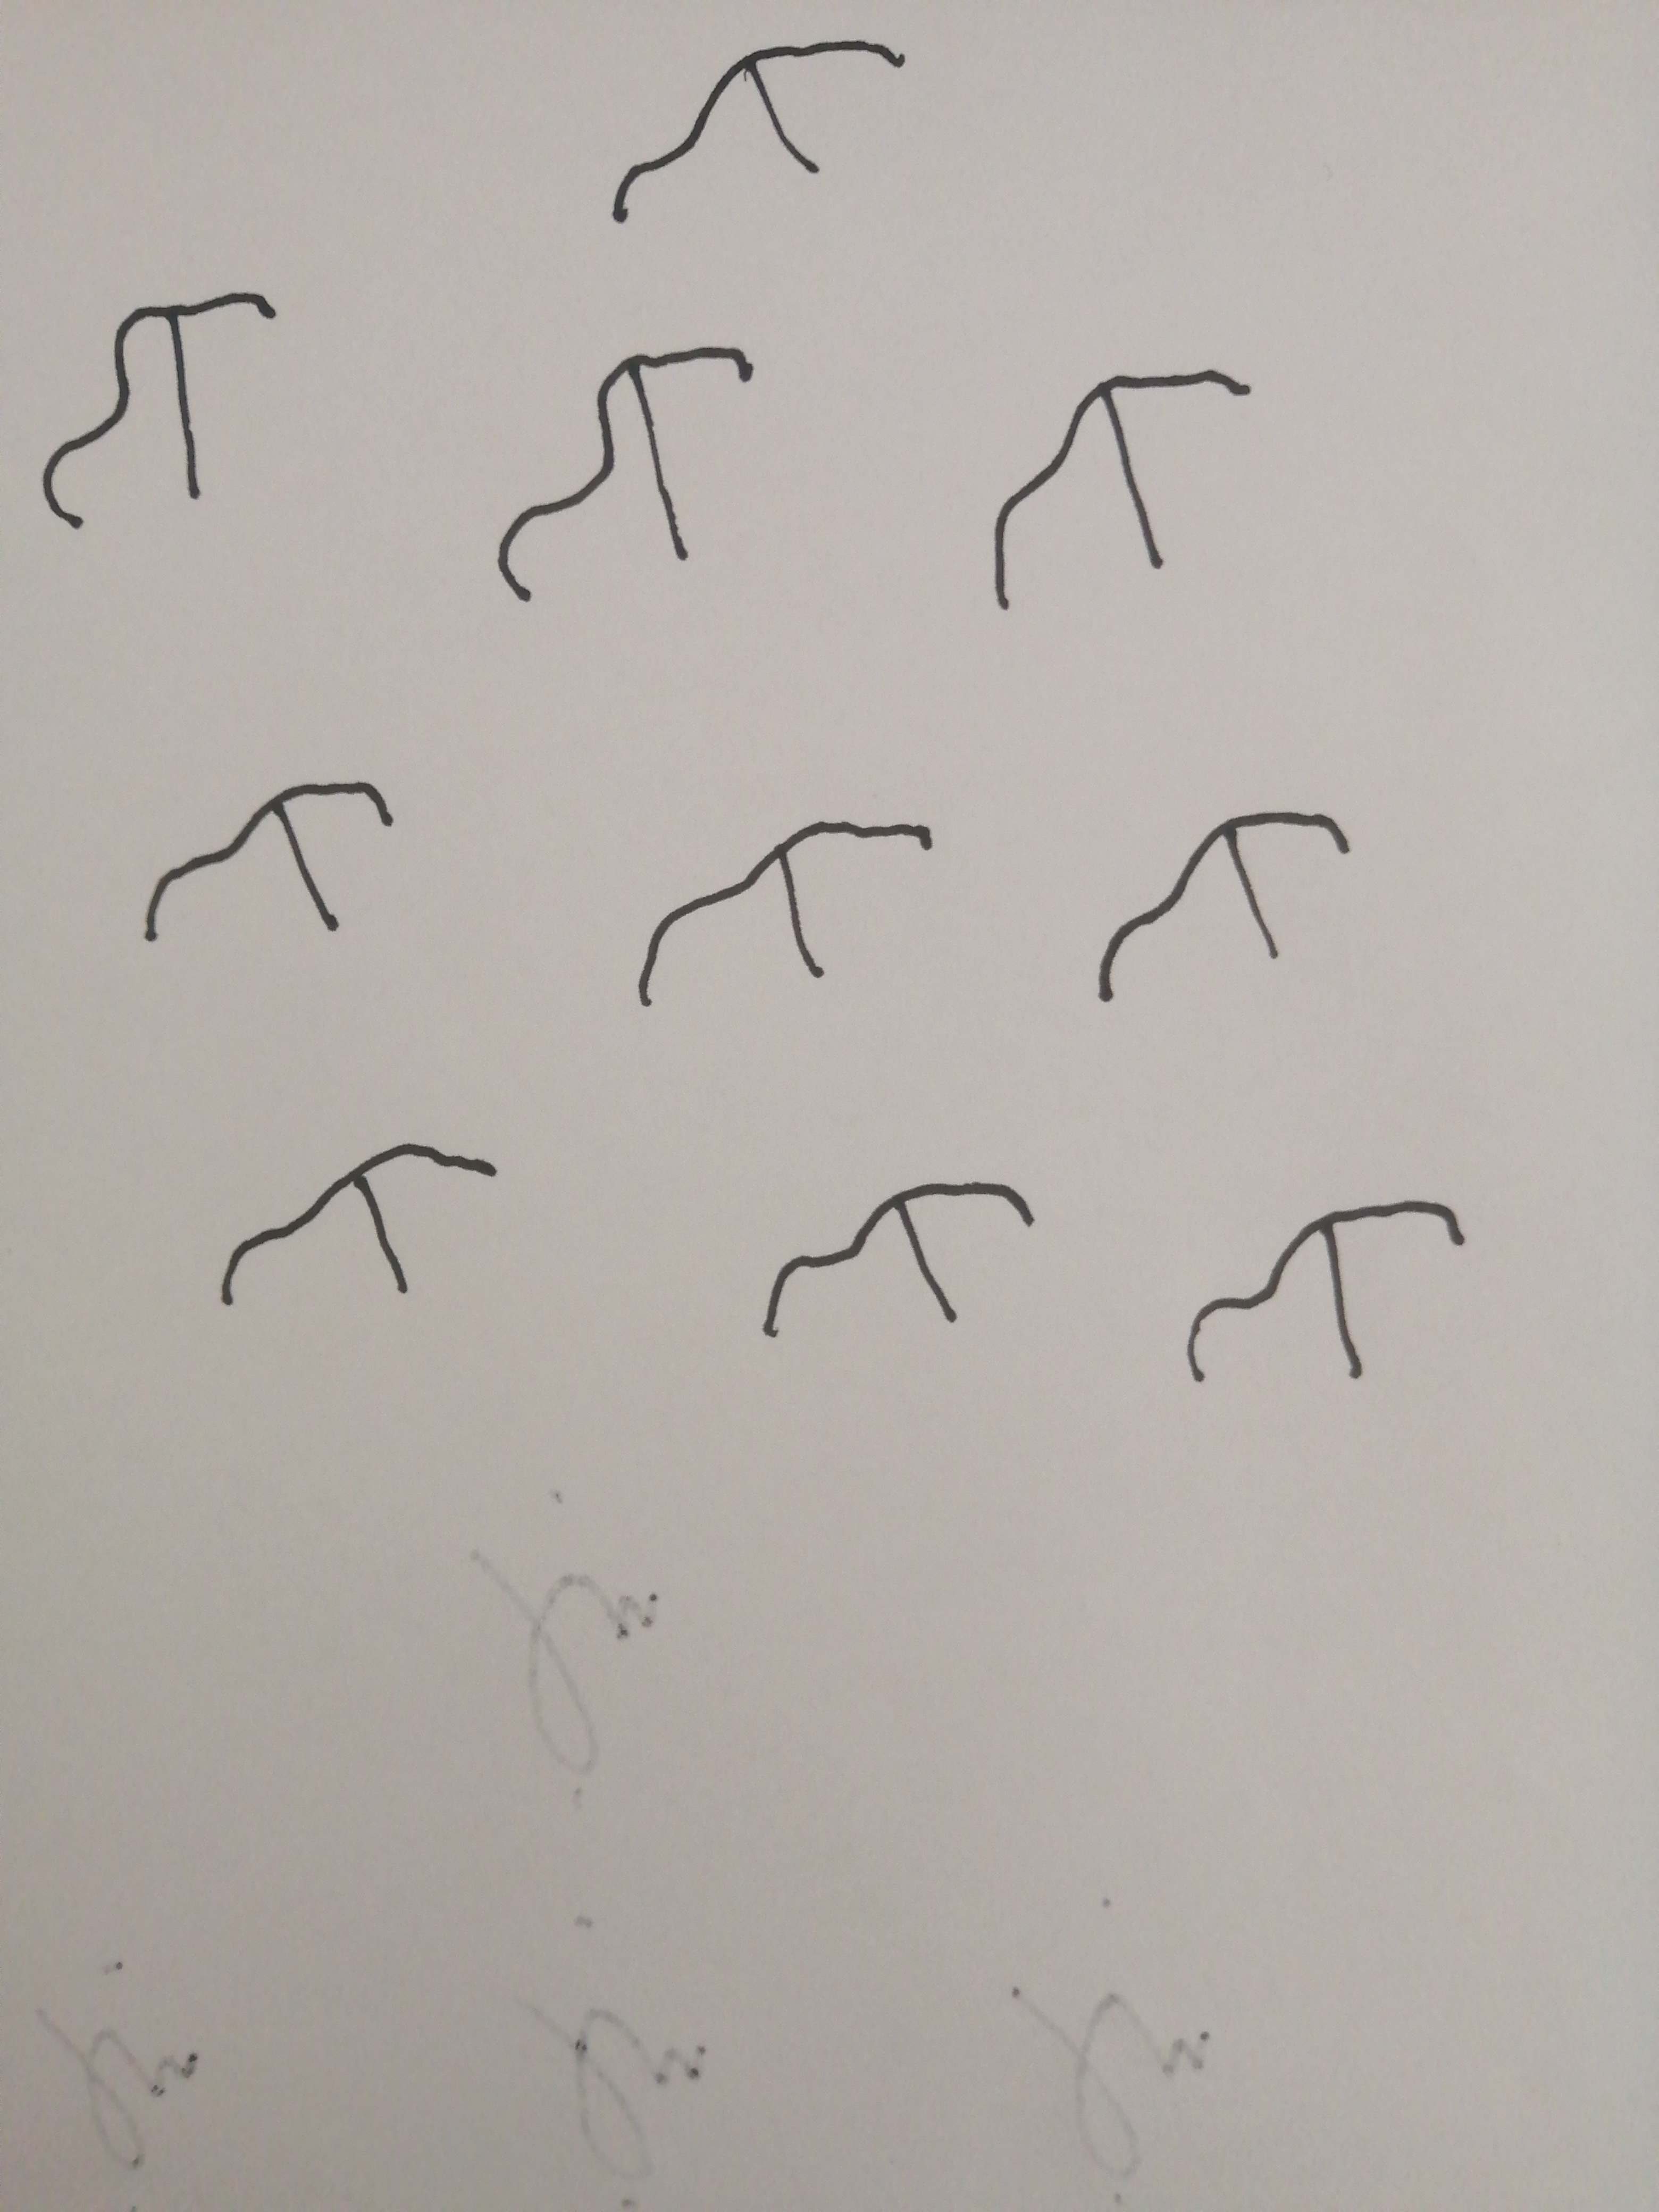
Signature authenticity: forged